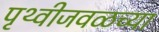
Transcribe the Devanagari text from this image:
पृथ्वीजवळच्या